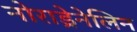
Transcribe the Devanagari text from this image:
नोराड्रेनेलिन